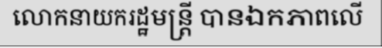
លោកនាយករដ្ឋមន្ត្រី បានឯកភាពលើ